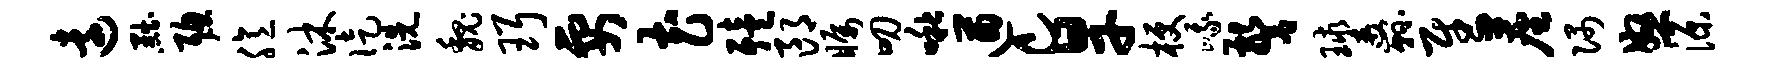
远黜聪臆沐徒洗魏珥要花殪郎瞩叨啾遒c旱梗峨警球纛慰尘隅怒源